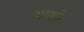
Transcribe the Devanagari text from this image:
आकरे